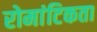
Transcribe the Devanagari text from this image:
रोमांटिकता